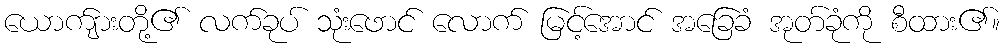
ယောက်ျားတို့၏ လက်ခုပ် သုံးဖောင် လောက် မြင့်အောင် အခြေခံ အုတ်ခုံကို စီထား၏။